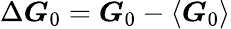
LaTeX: \Delta\boldsymbol{G}_{0}=\boldsymbol{G}_{0}-\left\langle\boldsymbol{G}_{0}\right\rangle